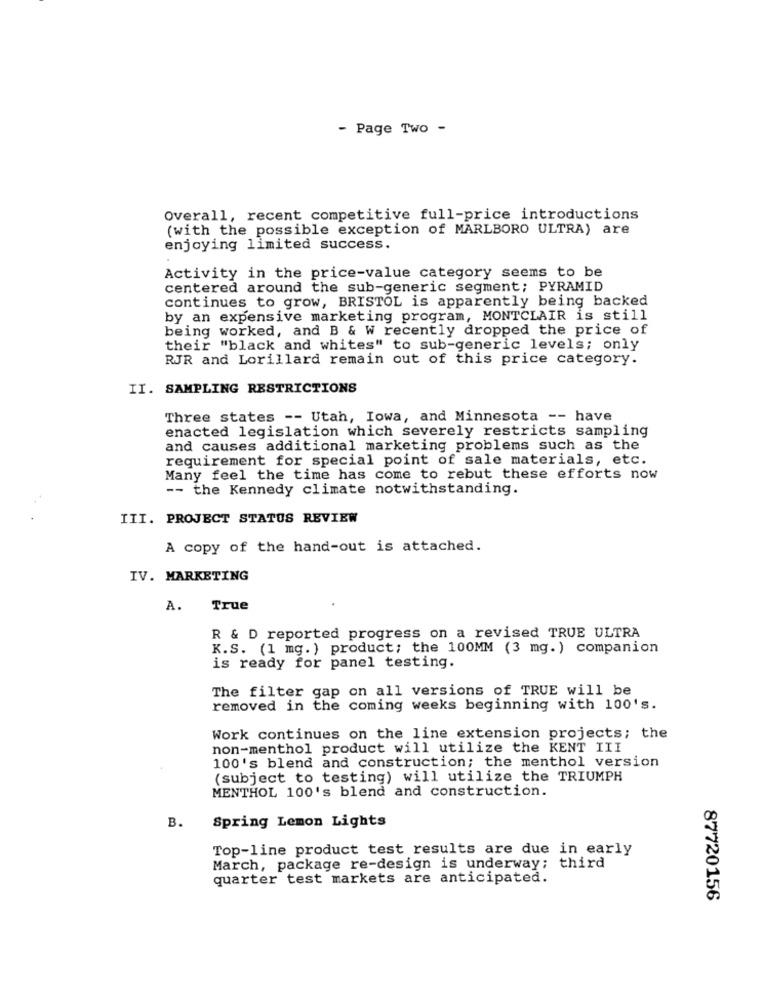
- Page Two -
Overall, recent competitive full-price introductions
(with the possible exception of MARLBORO ULTRA) are
enjoying limited success.
Activity in the price-value category seems to be
centered around the sub-generic segment; PYRAMID
continues to grow, BRISTOL is apparently being backed
by an expensive marketing program, MONTCLAIR is still
being worked, and B & W recently dropped the price of
their "black and whites" to sub-generic levels; only
RJR and Lorillard remain out of this price category.
II. SAMPLING RESTRICTIONS
Three states -- Utah, Iowa, and Minnesota -- have
enacted legislation which severely restricts sampling
and causes additional marketing problems such as the
requirement for special point of sale materials, etc.
Many feel the time has come to rebut these efforts now
-- the Kennedy climate notwithstanding.
III. PROJECT STATUS REVIEW
A copy of the hand-out is attached.
IV. MARKETING
A.
True
R & D reported progress on a revised TRUE ULTRA
K.S. (1 mg. ) product; the 100MM (3 mg.) companion
is ready for panel testing.
The filter gap on all versions of TRUE will be
removed in the coming weeks beginning with 100's.
Work continues on the line extension projects; the
non-menthol product will utilize the KENT III
100's blend and construction; the menthol version
(subject to testing) will utilize the TRIUMPH
MENTHOL 100's blend and construction.
B.
Spring Lemon Lights
Top-line product test results are due in early
March, package re-design is underway; third
quarter test markets are anticipated.
87720156